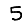
Digit: 5